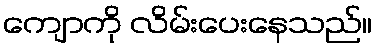
ကျောကို လိမ်းပေးနေသည်။